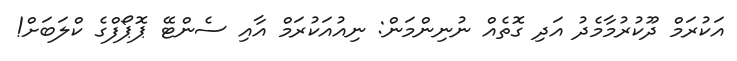
އަކުރަމް ދޫކުރުމާމެދު އަދި ގޮތެއް ނުނިންމަން: ނިއުއަކުރަމް އާއި ސެންޓޭ ޕޮޕޯފްގެ ކްލަބަށް!